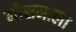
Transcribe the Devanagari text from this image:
मोसमाला